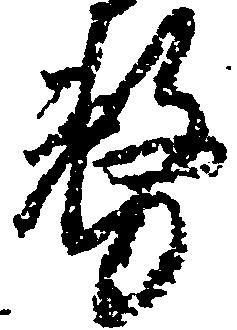
務